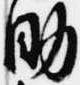
助